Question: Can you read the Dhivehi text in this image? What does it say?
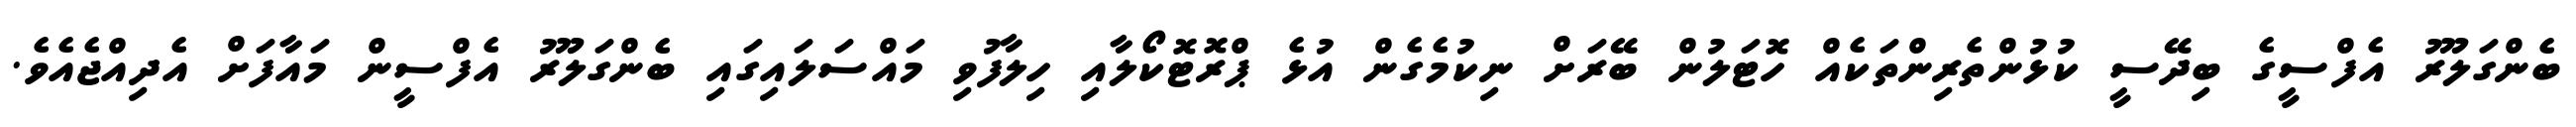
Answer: ބެންގަލޫރު އެފްސީގެ ބިދޭސީ ކުޅުންތެރިންތަކެއް ހޮޓަލުން ބޭރަށް ނިކުމެގެން އުޅެ ޕްރޮޓޮކޯލާއި ހިލާފުވި މައްސަލައިގައި ބެންގަލޫރު އެފްސީން މައާފަށް އެދިއްޖެއެވެ.